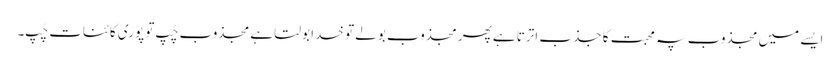
ایسے میں مجذوب پہ محبت کا جذب اترتا ہے پھر مجذوب بولے تو خدا بولتا ہے مجذوب چُپ تو پوری کائنات چُپ۔